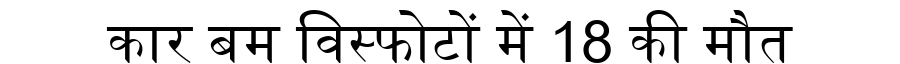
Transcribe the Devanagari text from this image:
कार बम विस्फोटों में 18 की मौत